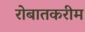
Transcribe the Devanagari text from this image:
रोबातकरीम